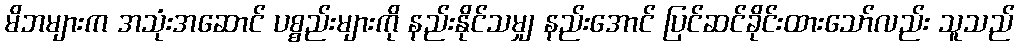
မိဘများက အသုံးအဆောင် ပစ္စည်းများကို နည်းနိုင်သမျှ နည်းအောင် ပြင်ဆင်ခိုင်းထားသော်လည်း သူသည်